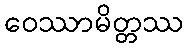
ဝေဿာမိတ္တဿ